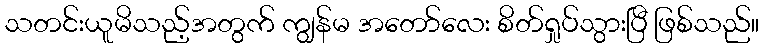
သတင်းယူမိသည့်အတွက် ကျွန်မ အတော်လေး စိတ်ရှုပ်သွားပြီ ဖြစ်သည်။